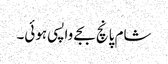
شام پانچ بجے واپسی ہوئی۔